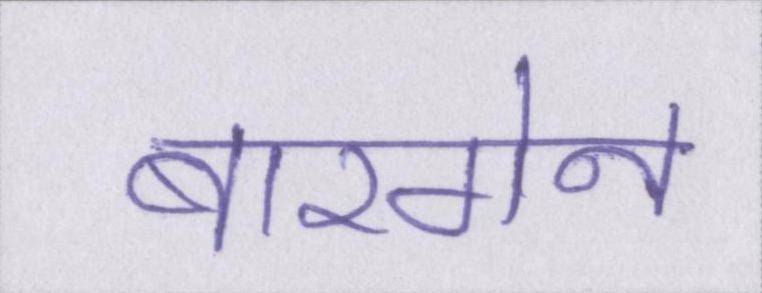
बारगेन